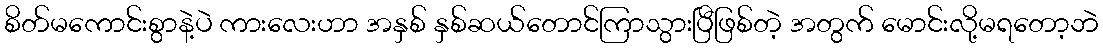
စိတ်မကောင်းစွာနဲ့ပဲ ကားလေးဟာ အနှစ် နှစ်ဆယ်တောင်ကြာသွားပြီဖြစ်တဲ့ အတွက် မောင်းလို့မရတော့ဘဲ